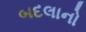
બદલાનો